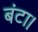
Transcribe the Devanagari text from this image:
बंटा।